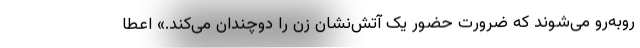
روبه‌رو می‌شوند که ضرورت حضور یک آتش‌نشان زن را دوچندان می‌کند.» اعطا